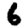
Digit: 6